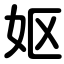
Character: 妪